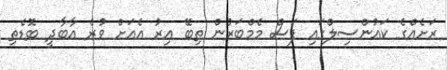
ރަށެއްގެ ކައުންސިލްގައި ފަސް މެމްބަރުން ތިބޭ އިރު އެއަށް ވުރެ އާބާދީ ބޮޑެތި